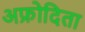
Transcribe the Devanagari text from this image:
अफ्रोदिता